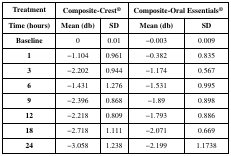
<table><thead><tr><td><b>Treatment</b></td><td colspan="2"><b>Composite-Crest<sup>®</sup></b></td><td colspan="2"><b>Composite-Oral Essentials<sup>®</sup></b></td></tr><tr><td><b>Time (hours)</b></td><td><b>Mean (db)</b></td><td><b>SD</b></td><td><b>Mean (db)</b></td><td><b>SD</b></td></tr></thead><tbody><tr><td><b>Baseline</b></td><td>0</td><td>0.01</td><td>−0.003</td><td>0.009</td></tr><tr><td><b>1</b></td><td>−1.104</td><td>0.961</td><td>−0.382</td><td>0.835</td></tr><tr><td><b>3</b></td><td>−2.202</td><td>0.944</td><td>−1.174</td><td>0.567</td></tr><tr><td><b>6</b></td><td>−1.431</td><td>1.276</td><td>−1.531</td><td>0.995</td></tr><tr><td><b>9</b></td><td>−2.396</td><td>0.868</td><td>−1.89</td><td>0.898</td></tr><tr><td><b>12</b></td><td>−2.218</td><td>0.809</td><td>−1.793</td><td>0.886</td></tr><tr><td><b>18</b></td><td>−2.718</td><td>1.111</td><td>−2.071</td><td>0.669</td></tr><tr><td><b>24</b></td><td>−3.058</td><td>1.238</td><td>−2.199</td><td>1.1738</td></tr></tbody></table>